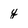
Character: y